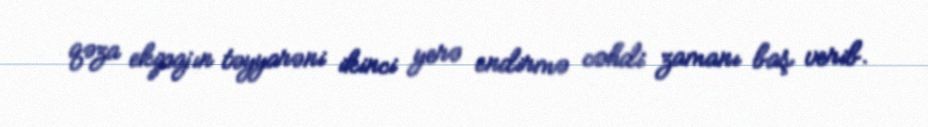
qəza ekipajın təyyarəni ikinci yerə endirmə cəhdi zamanı baş verib.